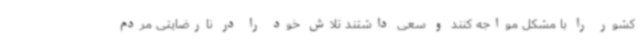
کشور را با مشکل مواجه کنند و سعی داشتند تلاش خود را در نارضایتی مردم